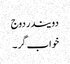
دویندر دوج
خواب گر ۔